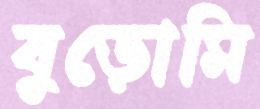
বুড়োমি